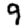
Digit: 9